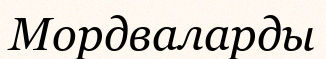
Мордваларды